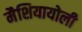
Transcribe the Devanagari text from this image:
मैशियायोली